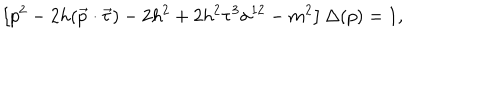
\left[ p ^ { 2 } - 2 h ( \vec { p } \cdot \vec { \tau } ) - 2 h ^ { 2 } + 2 h ^ { 2 } \tau ^ { 3 } \sigma ^ { 1 2 } - m ^ { 2 } \right] \Delta ( p ) = 1 ,